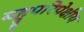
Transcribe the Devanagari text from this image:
बहुपरिपेक्षीय